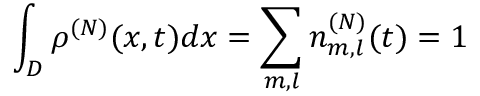
\int _ { D } \rho ^ { ( N ) } ( x , t ) d x = \sum _ { m , l } n _ { m , l } ^ { ( N ) } ( t ) = 1